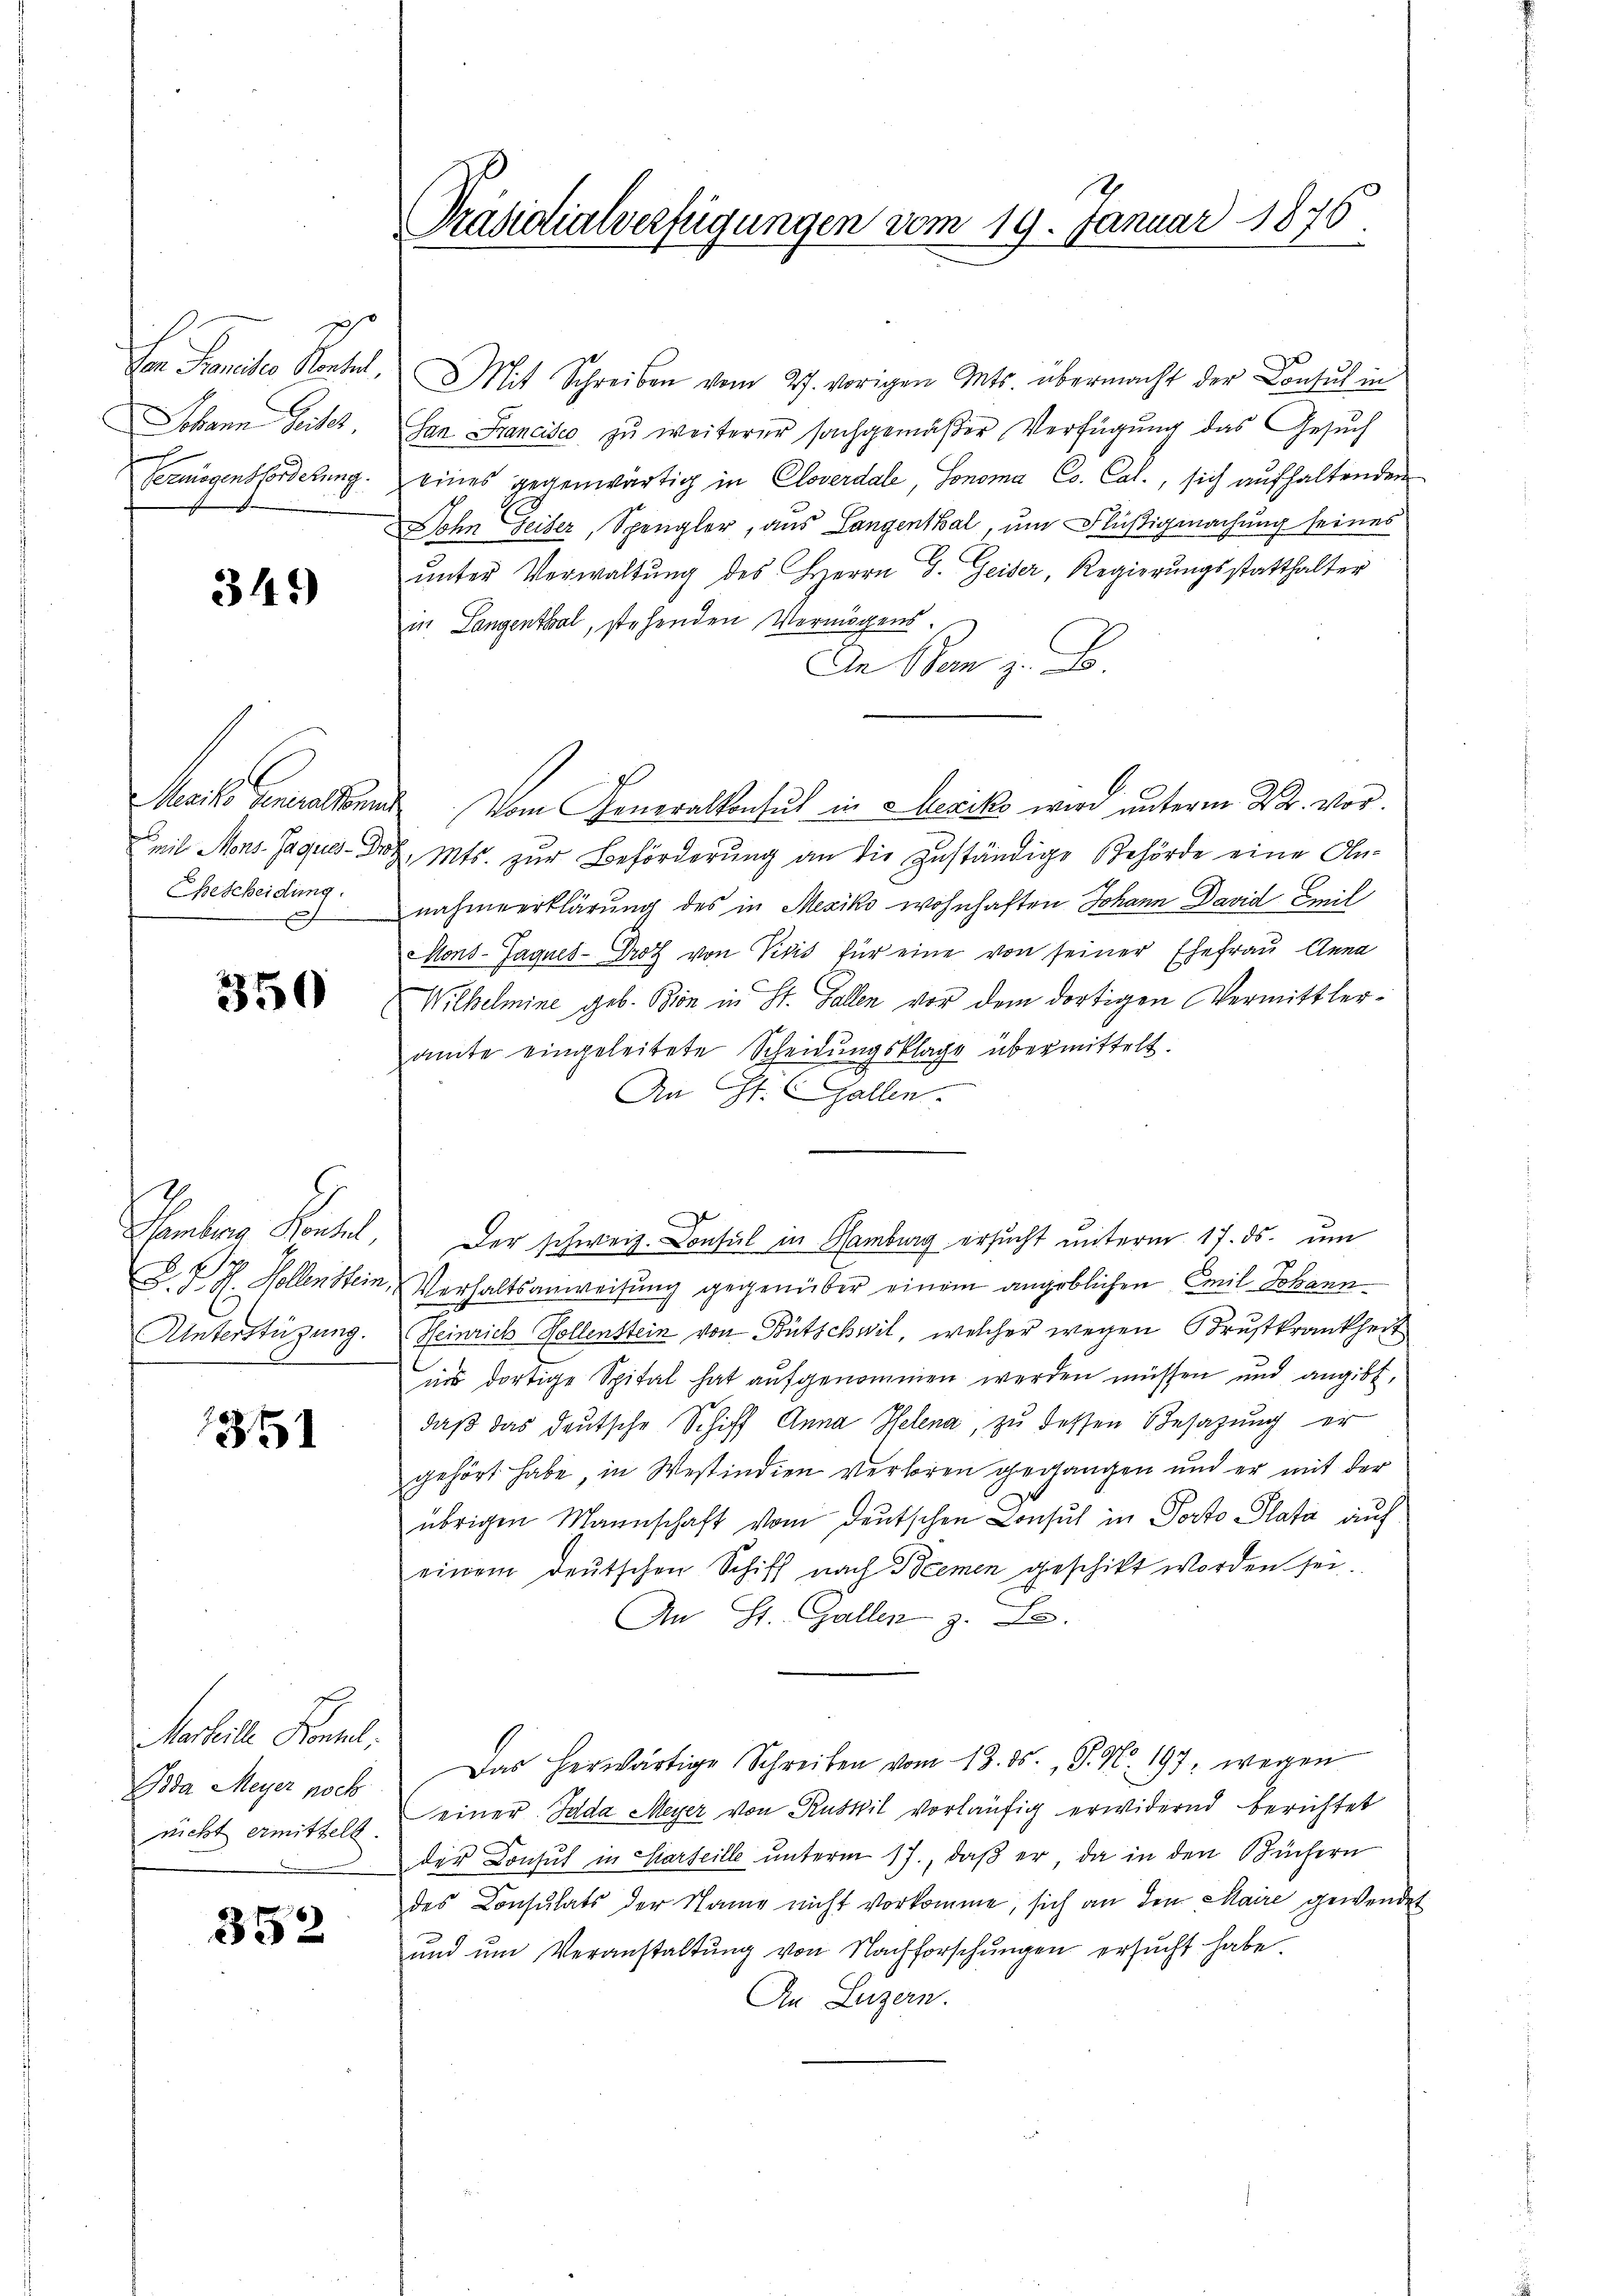
s
Er Panidio Sentel
Johann Seiter
h
Vermögensforderung.

341)

Bescheidung.
h

350

1
Unterstüzung.
2

1351

Marteilte Konzel,
Boda Meyer noch

352

1
Präsidialverfügungen vom 19. Januar 1876.

Mit Schreiben vom 27. vorigen Ants. übermacht der Consul in
San Francisco zŭ weiterer sachgemäβer Verfügŭng das Gesŭch
eines gegenwärtig in Cloverdale, Honora Co. Cal., sich aufhaltenden
Dohn Geiser, Spengler, aus Langenthal um Flüßigmachung seines
ŭnter Verwaltŭng des Herrn G. Geiser, Regierŭngsstatthalter
in Langenthal, stehenden Vermögens.
An Dom z. B.
Maiko Generalsund vom Generalkonsul in Lexiks wird unterm 22. vor.
eil Mons. Jaques - Dr. Mts. zur Beförderung an die zuständige Behörde eine Annahmeerklärung des in Mesiko wohnhaften Johann David Emil
Mons-Jagues-Proth von Visis für eine von seiner Ehefrau Anna
Wilhelmine geb. Bin in St. Gallen vor dem dortigen Vermittleramte eingeleitete Scheidŭngsklage übermittelt.
An St. Gallen.
Hamberg Kontel, Der schweiz. Consul in Hamburg ersucht unterm 17. ds. um
D. P. R. Kollenstein, Verhaltsanweisung gegenüber einem angeblichen Emil Johann
Heinrich Kollenstein von Bütschwil, welcher wegen Brustkrankheit
ins dortige Spital hat aŭfgenommen werden müssen und angibt,
daß das deutsche Schiff Anna Pfelena, zu dessen Besazung er
gehört habe, in Westindien verloren gegangen und er mit der
übrigen Mannschaft vom deutschen Consul in Porto Plata auf
einem deutschen Schiff nach Bremen geschikt worden sei
An St. Gallen z. B.
Das herwärtige Schreiben vom 13. ds., S. Nr. 197, wegen
nicht ermittelt einer Jada Meyer von Ruswil vorläufig erwidernd berichtet
der Consul in Carteille ŭnterm 17., daβ er, da in den Büchern
des Consulats der Name nicht vorkomme, sich an den Maire gewendet
ŭnd ŭm Veranstaltung von Nachforschŭngen ersŭcht habe.
An Luzern.